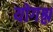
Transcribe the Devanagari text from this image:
योगश्ल